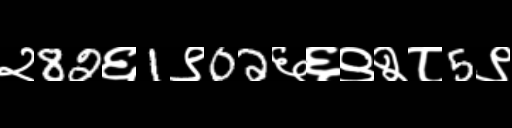
Text: २82६1९02६६९२८5९